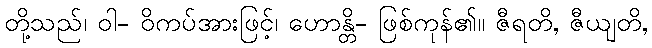
တို့သည်၊ ဝါ- ဝိကပ်အားဖြင့်၊ ဟောန္တိ- ဖြစ်ကုန်၏။ ဇီရတိ, ဇီယျတိ,